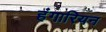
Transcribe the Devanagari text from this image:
हंगारियन